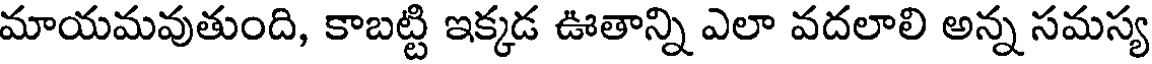
మాయమవుతుంది, కాబట్టి ఇక్కడ ఊతాన్ని ఎలా వదలాలి అన్న సమస్య